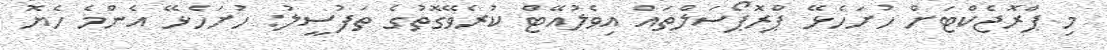
މި ޕްރޮޖެކްޓަށް ހުށަހެޅޭ ޕްރޮޕޯސަލްތައް އިވެލުއޭޓް ކުރެވޭގޮތުގެ ތަފުސީލު: ހުށަހެޅޭ އެންމެ ހެޔޮ